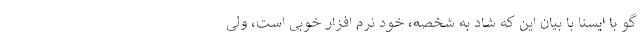
گو با ایسنا با بیان این که شاد به شخصه، خود نرم افزار خوبی است، ولی